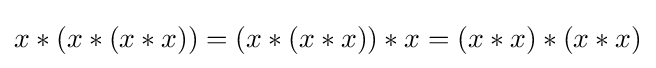
x*(x*(x*x))=(x*(x*x))*x=(x*x)*(x*x)